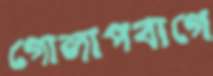
গোলাপবাগে